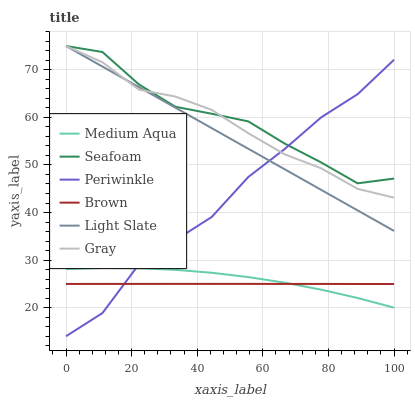
| xaxis_label | Medium Aqua | Seafoam | Periwinkle | Brown | Light Slate | Gray |
 | --- | --- | --- | --- | --- | --- | --- |
 | 0 | 28.1 | 75 | 14 | 25 | 75 | 75 |
 | 11.1 | 28.3 | 73.7 | 18.9 | 25 | 70.7 | 71.6 |
 | 22.2 | 28.3 | 66.9 | 29.1 | 25 | 66.4 | 65.8 |
 | 33.3 | 28 | 62.2 | 34.2 | 25 | 62 | 64.4 |
 | 44.4 | 27.3 | 60.8 | 39.1 | 25 | 57.7 | 61.6 |
 | 55.6 | 26.4 | 59.2 | 47.5 | 25 | 53.4 | 56.7 |
 | 66.7 | 25.3 | 54.5 | 53.4 | 25 | 49.1 | 52.2 |
 | 77.8 | 23.8 | 50.5 | 60 | 25 | 44.8 | 49.3 |
 | 88.9 | 22 | 46.1 | 64.9 | 25 | 40.4 | 45 |
 | 100 | 20 | 47.1 | 72.1 | 25 | 36.1 | 43.1 |